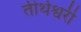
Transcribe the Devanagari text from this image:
तीर्थेश्वरी